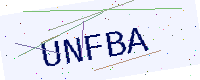
Text: UNFBA